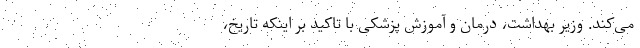
می‌کند. وزیر بهداشت، درمان و آموزش پزشکی با تاکید بر اینکه تاریخ،